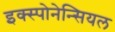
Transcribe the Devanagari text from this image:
इक्स्पोनेन्सियल